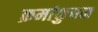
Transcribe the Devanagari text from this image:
क्रमांकुचन